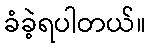
ခံခဲ့ရပါတယ်။